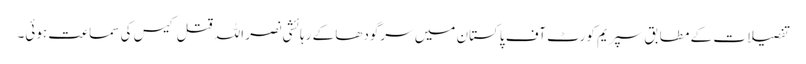
تفصیلات کے مطابق سپریم کورٹ آف پاکستان میں سرگودھا کے رہائشی نصر اللہ قتل کیس کی سماعت ہوئی۔